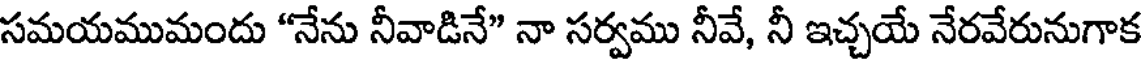
సమయముమందు "నేను నీవాడినే" నా సర్వము నీవే, నీ ఇచ్చయే నేరవేరునుగాక